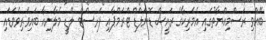
ބޭއްވި ރަސްމިއްޔާތުގައި އެމެރިކާގެ ރައީސް ޑޮނަލްޑް ޓްރަމްޕާއި ފަރސްޓް ލޭޑީ މެލާނިއާ ބައިވެރިވެވަޑައި